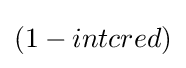
(1-intcred)